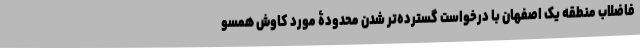
فاضلاب منطقه یک اصفهان با درخواست گسترده‌تر شدن محدودۀ مورد کاوش همسو